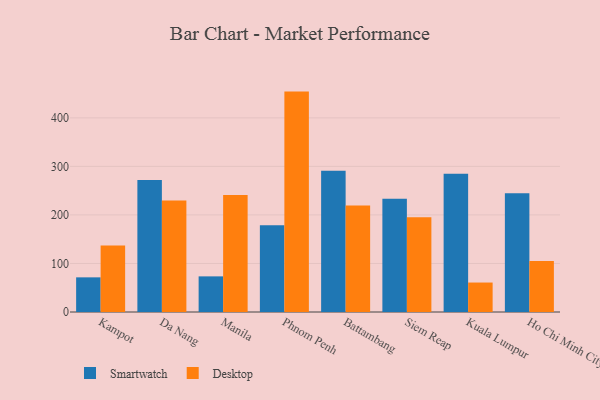
{"axis": {"x": "City", "y": "Backlog"}, "legend": ["Desktop", "Smartwatch"], "data": [{"x": "Kampot", "y": 71.4, "type": "Smartwatch"}, {"x": "Kampot", "y": 136.9, "type": "Desktop"}, {"x": "Da Nang", "y": 271.9, "type": "Smartwatch"}, {"x": "Da Nang", "y": 229.9, "type": "Desktop"}, {"x": "Manila", "y": 73.4, "type": "Smartwatch"}, {"x": "Manila", "y": 241.2, "type": "Desktop"}, {"x": "Phnom Penh", "y": 178.7, "type": "Smartwatch"}, {"x": "Phnom Penh", "y": 454.1, "type": "Desktop"}, {"x": "Battambang", "y": 290.8, "type": "Smartwatch"}, {"x": "Battambang", "y": 219.5, "type": "Desktop"}, {"x": "Siem Reap", "y": 233.2, "type": "Smartwatch"}, {"x": "Siem Reap", "y": 195.0, "type": "Desktop"}, {"x": "Kuala Lumpur", "y": 284.8, "type": "Smartwatch"}, {"x": "Kuala Lumpur", "y": 60.7, "type": "Desktop"}, {"x": "Ho Chi Minh City", "y": 244.5, "type": "Smartwatch"}, {"x": "Ho Chi Minh City", "y": 105.0, "type": "Desktop"}]}